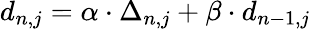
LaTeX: d_{n,j}=\alpha\cdot\Delta_{n,j}+\beta\cdot d_{n-1,j}